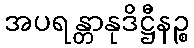
အပရန္တာနုဒိဋ္ဌီနဉ္စ